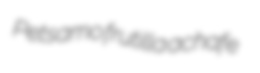
Petsamo frutilla achafe